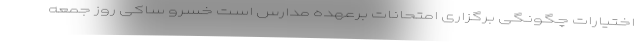
اختیارات چگونگی برگزاری امتحانات برعهده مدارس است خسرو ساکی روز جمعه